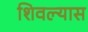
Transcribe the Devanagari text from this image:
शिवल्यास